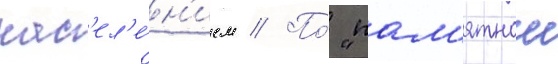
нас'ел'е́н'ием // По́ "пам'ятнои